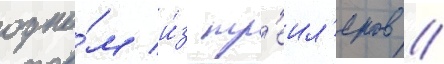
одно́м и́з тр'еил'еров //